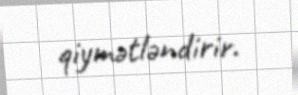
qiymətləndirir.